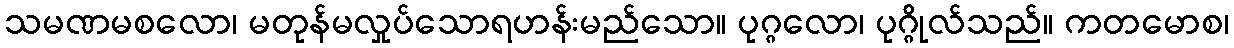
သမဏမစလော၊ မတုန်မလှုပ်သောရဟန်းမည်သော။ ပုဂ္ဂလော၊ ပုဂ္ဂိုလ်သည်။ ကတမောစ၊